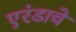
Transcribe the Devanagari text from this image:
एरंडाचे